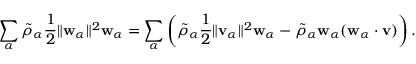
\begin{array} { r } { \displaystyle \sum _ { \alpha } \tilde { \rho } _ { \alpha } \frac { 1 } { 2 } \| \mathbf { w } _ { \alpha } \| ^ { 2 } \mathbf { w } _ { \alpha } = \displaystyle \sum _ { \alpha } \left( \tilde { \rho } _ { \alpha } \frac { 1 } { 2 } \| \mathbf { v } _ { \alpha } \| ^ { 2 } \mathbf { w } _ { \alpha } - \tilde { \rho } _ { \alpha } \mathbf { w } _ { \alpha } ( \mathbf { w } _ { \alpha } \cdot \mathbf { v } ) \right) . } \end{array}